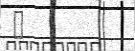
٧